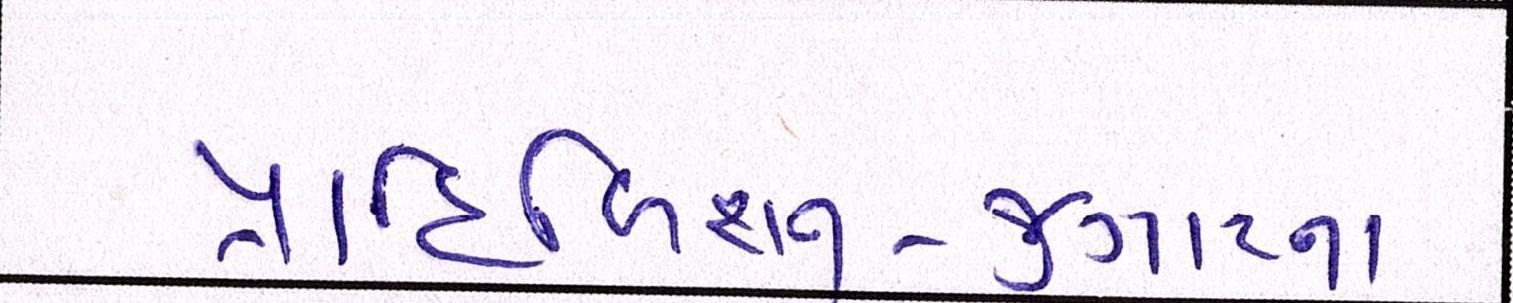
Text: પ્રાહિબિશન-જુગારના